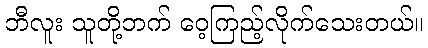
ဘီလူး သူတို့ဘက် ဝေ့ကြည့်လိုက်သေးတယ်။